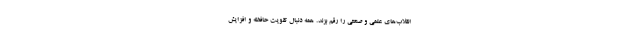
انقلاب‌های علمی و صنعتی را رقم بزند. همه دنبال تقویت حافظه و افزایش